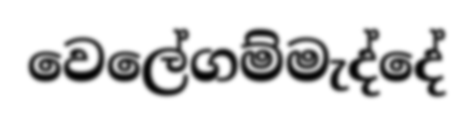
වෙලේගම්මැද්දේ